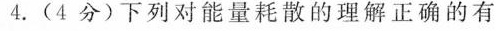
4.(4分)下列对能量耗散的理解正确的有